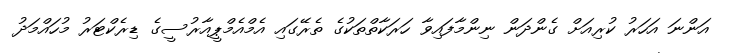
އަންނަ އަހަރު ކުރިއަށް ގެންދަން ނިންމާފައިވާ ހަރަކާތްތަކުގެ ތެރޭގައި އެމްއެމްޕީއާރުސީގެ ޑިރެކްޓަރު މުހައްމަދު